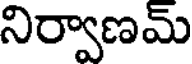
నిర్వాణమ్